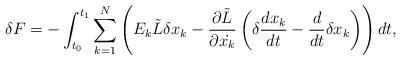
LaTeX: \begin{align*}\delta{F}=-\displaystyle\int_{t_0}^{t_1}\displaystyle\sum_{k=1}^N\left(E_k\tilde{L}\delta{x}_k- \dfrac{\partial\tilde{L}}{\partial\dot{{x_k}}}\left(\delta\dfrac{d{x_k}}{dt}-\dfrac{d}{dt}\delta{x_k}\right)\right)dt,\end{align*}